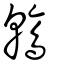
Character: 鶾